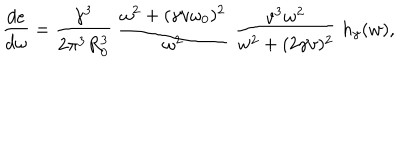
\frac { d e } { d \omega } = \frac { \gamma ^ { 3 } } { 2 \pi ^ { 3 } R _ { 0 } ^ { 3 } } \; \frac { \omega ^ { 2 } + ( \gamma v \omega _ { 0 } ) ^ { 2 } } { \omega ^ { 2 } } \; \frac { v ^ { 3 } w ^ { 2 } } { w ^ { 2 } + ( 2 \gamma v ) ^ { 2 } } \; h _ { \gamma } ( w ) ,